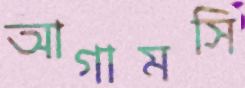
আগামসি